Lunatic asylums Madras 1877-1891 - 1877-1891
Year: 1877
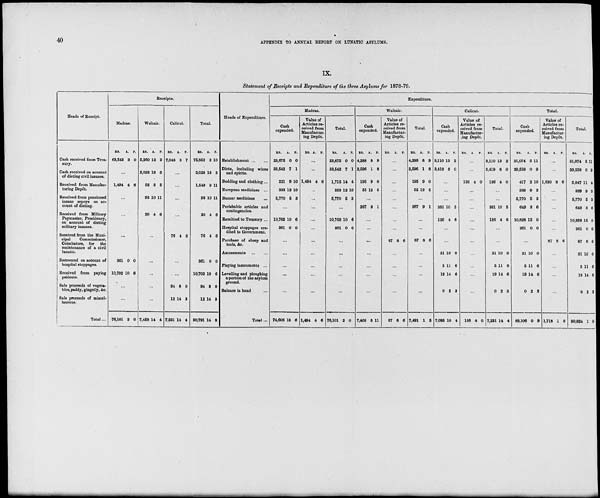
40
APPENDIX TO ANNUAL REPORT ON LUNATIC ASYLUMS.
IX.
Statement of Receipts and Expenditure of the three Asylums for 1878-79.
Heads of Receipt.
Cash received from Trea-
sury.
Cash received on account
of dieting civil insanes.
Received from Manufac-
turing Depôt.
Received from pensioned
insane sepoys on ac-
count of dieting.
Received from Military
Paymaster, Presidency,
on account of dieting
military insanes.
Received from the Muni-
cipal
Commissioner,
Coimbatore, for
the
maintenance of a civil
lunatic.
Recovered on account of
hospital stoppages.
Received from paying
patients.
Sale proceeds of vegeta-
bles, paddy, gingelly, &c .
Sale proceeds of miscel-
laneous.
Total ...
Receipts.
Madras.
Rs.
63,543
A.
3
P.
0
...
1,494 4 6
...
...
...
361
10,702
0
10
0
6
...
...
76,101 2 0
Waltair.
Rs.
5,260
2,028
55
93
20
A.
12
13
5
10
4
P.
3
3
5
11
6
...
...
...
...
...
7,458 14 4
Calicut.
Rs.
7,048
A.
3
P.
7
...
...
...
...
76 4 6
...
...
94
12
7,231
8
14
14
0
3
4
Total.
Rs.
75,852
2,028
1,549
93
20
76
361
10,702
94
12
90,791
A.
2
13
9
10
4
4
0
10
8
14
14
P.
10
3
11
11
6
6
0
6
0
3
8
Heads of Expenditure.
Establishment
...
...
Diets, including wines
and spirits.
Bedding and clothing ...
European medicines ...
Bazaar medicines
...
Perishable articles and
contingencies.
Remitted to Treasury ...
Hospital stoppages cre-
dited to Government.
Purchase of sheep and
tools, &c .
Amusements
...
...
Playing instruments ...
Levelling and ploughing
a portion of the asylum
ground.
Balance in hand ...
Total ...
Expenditure.
Madras.
Cash
expended.
Rs.
23,675
33,542
221
333
5,770
A.
0
7
9
12
5
P.
0
1
10
10
3
...
10,702
361
10
0
6
0
...
...
...
...
...
74,606 13 6
Value of
Articles re-
ceived from
Manufactur-
ing Depôt.
Rs. A. P.
...
...
1,494 4 6
...
...
...
...
...
...
...
...
...
...
1,494 4 6
Total.
Rs.
23,675
33,542
1,715
333
5,770
A.
0
7
14
12
5
P.
0
1
4
10
3
...
10,702
361
10
0
6
0
...
...
...
...
...
76,101 2 0
Waltair.
Cash
expended.
Rs.
4,288
2,596
195
55
A.
8
1
9
12
P.
9
8
0
5
...
267 9 1
...
...
...
...
...
...
...
7,403 8 11
Value of
Articles re-
ceived from
Manufactur-
ing Depôt.
Rs. A. P.
...
...
...
...
...
...
...
...
87 8 6
...
...
...
...
87 8 6
Total.
Rs.
4,288
2,596
195
55
A.
8
1
9
12
P.
9
8
0
5
...
267 9 1
...
...
87 8 6
...
...
...
...
7,491 1 5
Calicut.
Cash
expended.
Rs.
3,110
3,419
A.
13
8
P.
2
0
...
...
...
381
126
10
4
5
6
...
...
31
5
19
0
7,095
10
11
14
2
10
0
6
6
3
4
Value of
Articles re-
ceived from
Manufactur-
ing Depôt.
Rs. A. P.
...
...
136 4 0
...
...
...
...
...
...
...
...
...
...
136 4 0
Total.
Rs.
3,110
3,419
136
A.
13
8
4
P.
2
0
0
...
...
381
126
10
4
5
6
...
...
31
5
19
0
7,231
10
11
14
2
14
0
6
6
3
4
Total.
Cash
expended.
Rs.
31,074
39,558
417
389
5,770
649
10,828
361
A.
5
0
2
9
5
3
15
0
P.
11
9
10
3
3
6
0
0
...
31
5
19
0
89,106
10
11
14
2
0
0
6
6
3
9
Value of
Articles re-
ceived from
Manufactur-
ing Depôt.
Rs. A. P.
...
...
1,630 8 6
...
...
...
...
...
87 8 6
...
...
...
...
1,718 1 0
Total.
Rs.
31,074
39,558
2,047
389
5,770
649
10,828
361
87
31
5
19
0
90,824
A.
5
0
11
9
5
3
15
0
8
10
11
14
2
1
P.
11
9
4
3
3
6
0
0
6
0
6
6
3
9